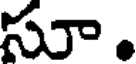
సూ.